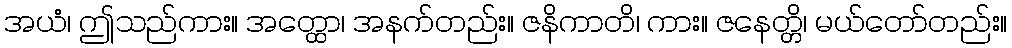
အယံ၊ ဤသည်ကား။ အတ္ထော၊ အနက်တည်း။ ဇနိကာတိ၊ ကား။ ဇနေတ္တိ၊ မယ်တော်တည်း။